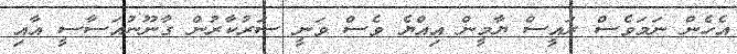
އެހެން ނަމަވެސް ރައީސް ޔާމީން އިއްޔެ ވެސް ވަނީ ސަރުކާރުން ގާނޫނުއަސާސީ އާއި